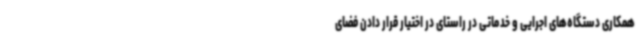
همکاری دستگاه‌های اجرایی و خدماتی در راستای در اختیار قرار دادن فضای